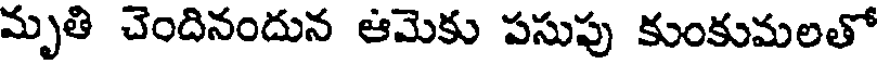
మృతి చెందినందున ఆమెకు పసుపు కుంకుమలతో